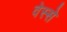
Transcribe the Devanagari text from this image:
वेस्से